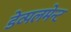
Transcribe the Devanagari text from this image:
डेव्पलमेन्ट